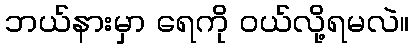
ဘယ်နားမှာ ရေကို ဝယ်လို့ရမလဲ။